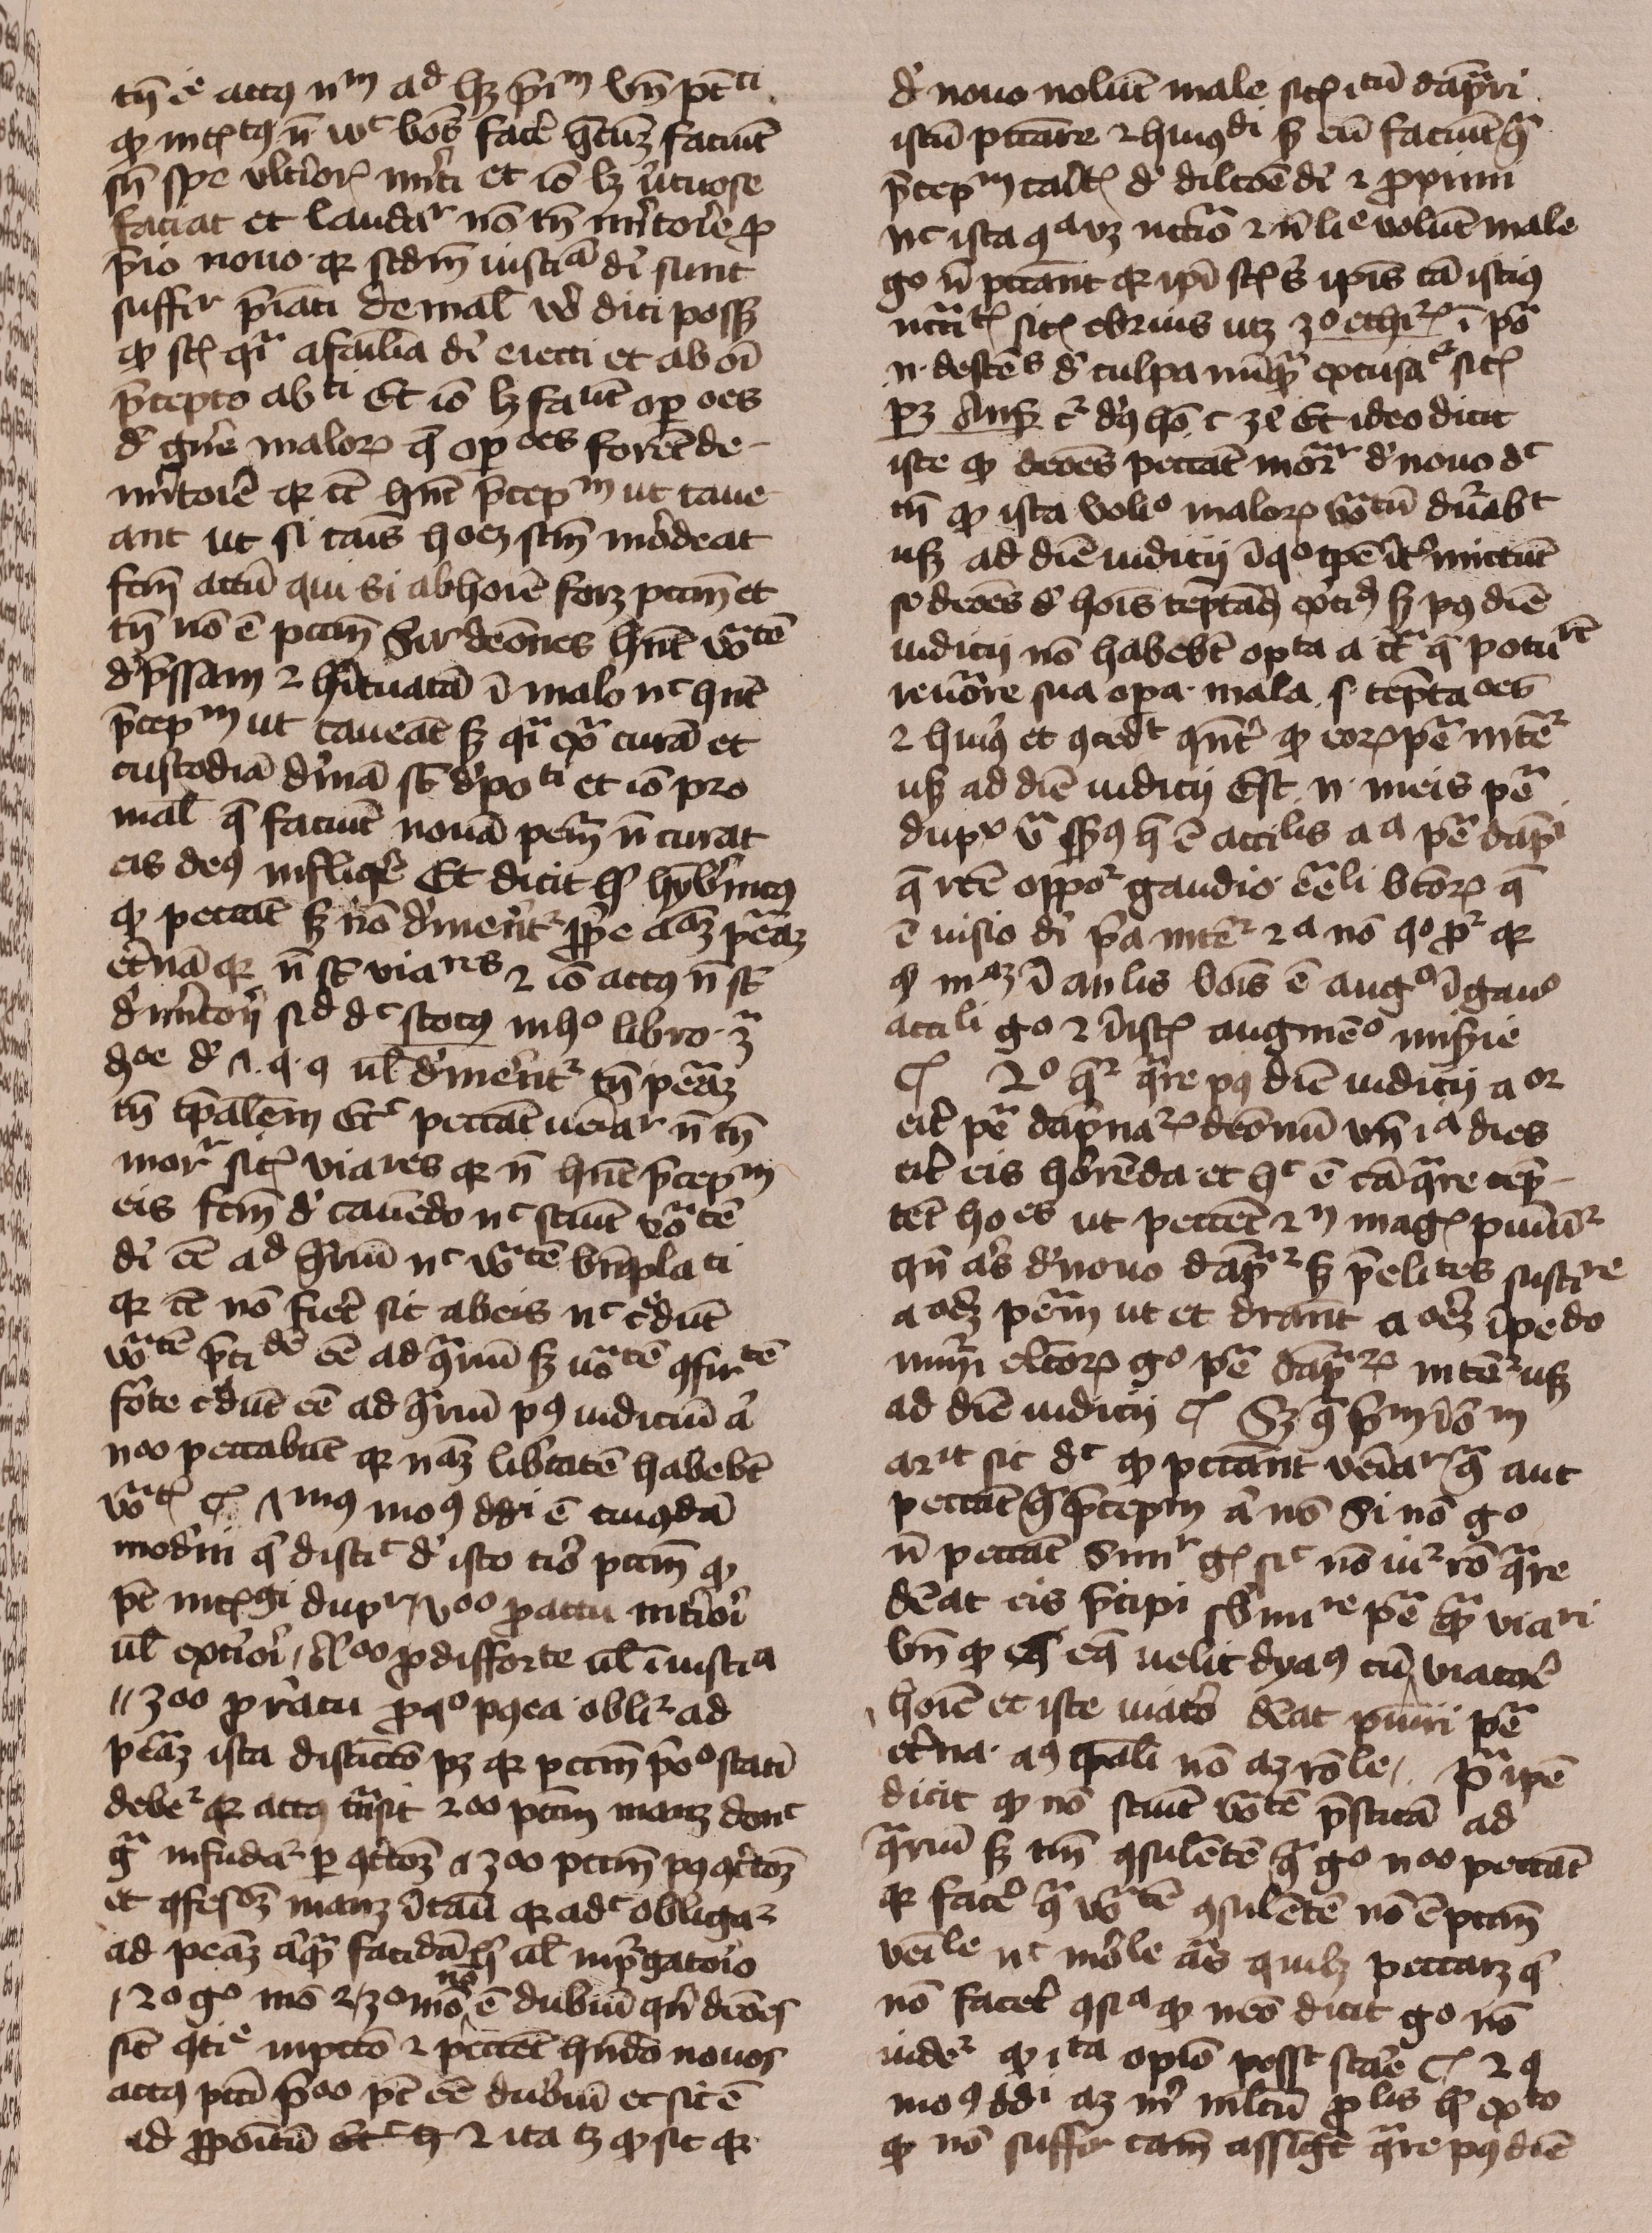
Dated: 1429–1431